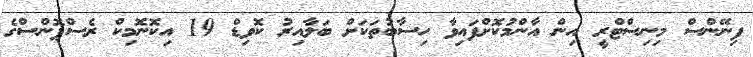
ފިނޭންސް މިނިސްޓްރީ އިން އާންމުކޮށްފައިވާ ހިސާބުތަކަށް ބަލާއިރު ކޮވިޑް 19 އިކޮނޮމިކް ރެސްޕޮންސްގެ